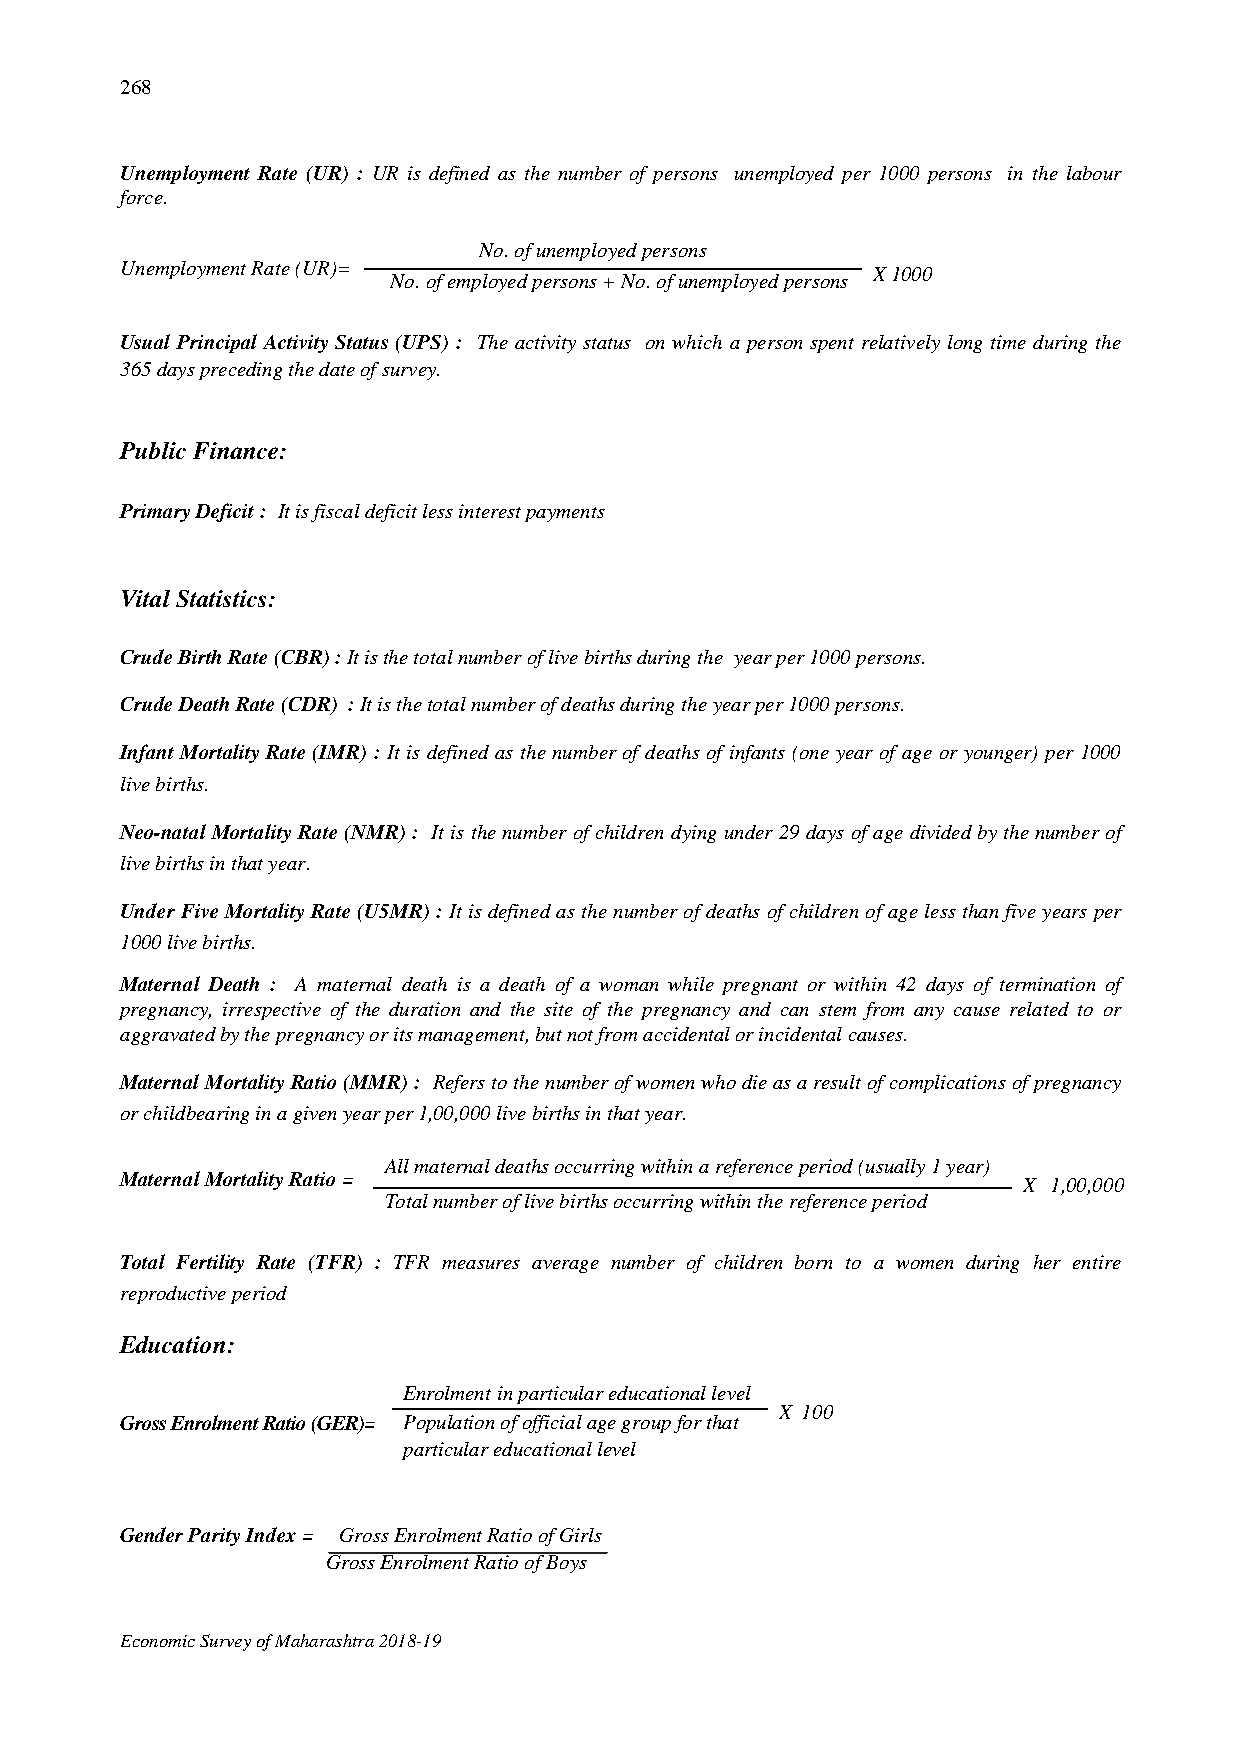
268
 Unemployment Rate (UR) : UR is defined as the number of persons unemployed per 1000 persons in the labour
 force.
 No. of unemployed persons
 Unemployment Rate (UR)=
 No. of employed persons + No. of unem ployed persons
 X 1000
 Usual Principal Activity Status (UPS) : The activity status on which a person spent relatively long time during the
 365 days preceding the date of survey.
 Public Finance:
 Primary Deficit : It is fiscal deficit less interest payments
 Vital Statistics:
 Crude Birth Rate (CBR) : It is the total number of live births during the year per 1000 persons.
 Crude Death Rate (CDR) : It is the total number of deaths during the year per 1000 persons.
 Infant Mortality Rate (IMR) : It is defined as the number of deaths of infants (one year of age or younger) per 1000
 live births.
 Neo-natal Mortality Rate (NMR) : It is the number of children dying under 29 days of age divided by the number of
 live births in that year.
 Under Five Mortality Rate (U5MR) : It is defined as the number of deaths of children of age less than five years per
 1000 live births.
 Maternal Death : A maternal death is a death of a woman while pregnant or within 42 days of termination of
 pregnancy, irrespective of the duration and the site of the pregnancy and can stem from any cause related to or
 aggravated by the pregnancy or its management, but not from accidental or incidental causes.
 Maternal Mortality Ratio (MMR) : Refers to the number of women who die as a result of complications of pregnancy
 or childbearing in a given year per 1,00,000 live births in that year.
 All maternal deaths occurring within a reference period (usually 1 year)
 Maternal Mortality Ratio =
 X 1,00,000
 Total number of live births occurring within the reference period
 Total Fertility Rate (TFR) : TFR measures average number of children born to a women during her entire
 reproductive period
 Education:
 Enrolment in particular educational level
 X 100
 Gross Enrolment Ratio (GER)= Population of official age group for that
 particular educational level
 Gender Parity Index = Gross Enrolment Ratio of Girls
 Gross Enrolment Ratio of Boys
 Economic Survey of Maharashtra 2018-19